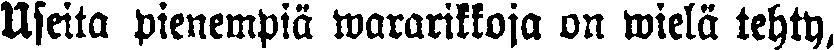
Useita pienempiä wararikkoja on wielä tehty,